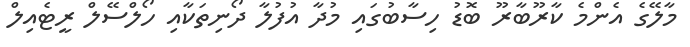
މާލޭގެ އެންމެ ކާރޫބާރޫ ބޮޑު ހިސާބުގައި މުދާ އުފުލާ ދޯނިތަކާއި ހޯލްސޭލް ރީޓެއިލް